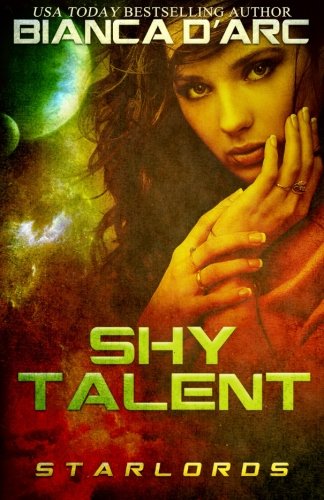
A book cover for Shy Talent (StarLords) (Volume 3); Bianca D'Arc; Romance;